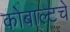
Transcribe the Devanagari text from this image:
कोबाल्टचे